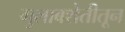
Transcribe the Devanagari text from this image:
गुलाबशेतीतून